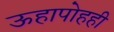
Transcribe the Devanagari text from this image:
ऊहापोहही